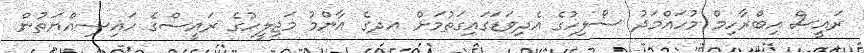
ރައީސް އިބްރާހިމް މުހައްމަދު ސޯލިހުގެ އެދިވަޑަގައިގަތުމަށް އދގެ އާންމު މަޖިލީހުގެ ރައީސްގެ ހައިސިއްޔަތުން